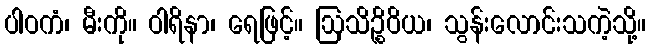
ပါဝကံ၊ မီးကို။ ဝါရိနာ၊ ရေဖြင့်။ ဩသိဉ္စိဝိယ၊ သွန်းလောင်းသကဲ့သို့။